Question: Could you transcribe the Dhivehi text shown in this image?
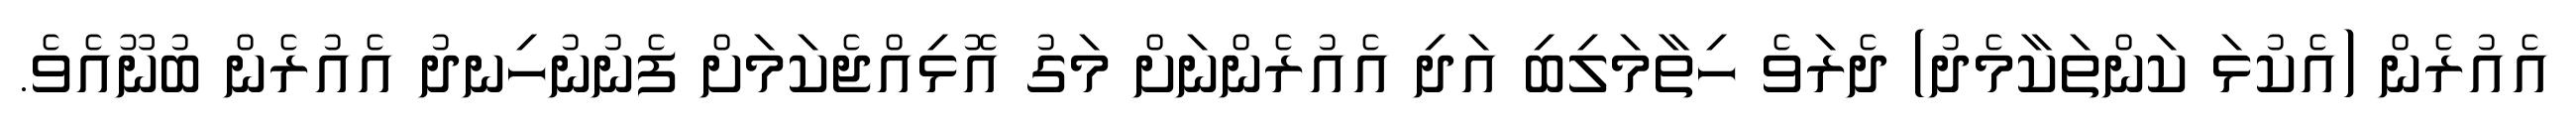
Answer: އެއުރެން (އެކުޅަ ކަންތަކާމެދު) ދެރަވެ ހިތާމަލިބި އަދި އެއުރެންނަށް މަގު އޮޅިއްޖެކަމަށް ފެނުނުހިނދު އެއުރެން ބުނޫއެވެ.